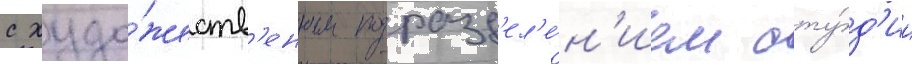
с худо́жеств'енным подразд'ел'е́н'ием сту́д'ии